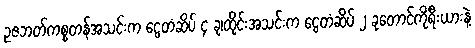
ဥဇဘတ်ကစ္စတန်အသင်းက ငွေတံဆိပ် ၄ ခု၊ထိုင်းအသင်းက ငွေတံဆိပ် ၂ ခုတောင်ကိုရီးယားနဲ့